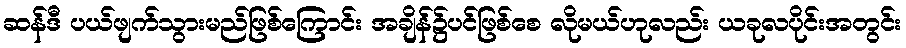
ဆန်ဒီ ပယ်ဖျက်သွားမည်ဖြစ်ကြောင်း အချိန်၌ပင်ဖြစ်စေ လိုမယ်ဟုလည်း ယခုလပိုင်းအတွင်း